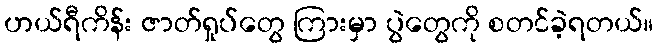
ဟယ်ရီကိန်း ဇာတ်ရှုပ်တွေ ကြားမှာ ပွဲတွေကို စတင်ခဲ့ရတယ်။